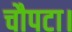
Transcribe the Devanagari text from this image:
चौपटा।